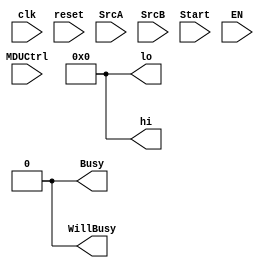
module multi_divi_unit(
	input clk,
	input reset,
    input [31:0] SrcA,
    input [31:0] SrcB,
    input Start,
	input EN,
	input [2:0] MDUCtrl,
    output [31:0] lo,
    output [31:0] hi,
    output Busy,
	output WillBusy
    );
	assign WillBusy=0;
	assign lo=0;
	assign hi=0;
	assign Busy=0;
	/*
	reg [3:0] counter=0;
	
	assign Busy=~(counter==0);
	assign WillBusy=(counter>1)||(Start&&(MDUCtrl!=`mduMtlo&&MDUCtrl!=`mduMthi));
	
	reg [31:0] SrcA_reg=0, SrcB_reg=0;
	reg [2:0] MDUCtrl_reg=0;
	
	reg [31:0]lo_reg=0, hi_reg=0;
	assign lo=lo_reg;
	assign hi=hi_reg;
	

	always @(posedge clk)
	begin
		if(reset)
		begin
			lo_reg<=0;
			hi_reg<=0;
			counter<=0;
			SrcA_reg<=0;
			SrcB_reg<=0;
			MDUCtrl_reg<=0;
		end
		else
		begin
			if(Start&EN)
			begin
				SrcA_reg<=SrcA;
				SrcB_reg<=SrcB;
				MDUCtrl_reg<=MDUCtrl;
				case(MDUCtrl)
				
				`mduMult:
					counter<=5;
				`mduMultu:
					counter<=5;
				`mduDiv:
					counter<=10;
				`mduDivu:
					counter<=10;
				`mduMtlo:
				begin
					lo_reg<=SrcA;
					counter<=0;
				end
				`mduMthi:
				begin
					hi_reg<=SrcA;
					counter<=0;
				end
								
				endcase
			end
			else
			begin
				if(counter==4'd1)
					begin
						case(MDUCtrl_reg)
						`mduMult:
							{hi_reg,lo_reg}<=$signed($signed({{32{SrcA_reg[31]}},SrcA_reg})*$signed({{32{SrcB_reg[31]}},SrcB_reg}));
						`mduMultu:
							{hi_reg,lo_reg}<=$unsigned($unsigned({32'h0,SrcA_reg})*$unsigned({32'h0,SrcB_reg}));
						`mduDiv:
						begin
							lo_reg<=$signed($signed(SrcA_reg)/$signed(SrcB_reg));
							hi_reg<=$signed($signed(SrcA_reg)%$signed(SrcB_reg));
						end
						`mduDivu:
						begin
							lo_reg<=$unsigned($unsigned(SrcA_reg)/$unsigned(SrcB_reg));
							hi_reg<=$unsigned($unsigned(SrcA_reg)%$unsigned(SrcB_reg));
						end
						endcase
					end
				if(counter!=0)
				begin
					counter<=counter-4'd1;	
				end
			end
		end
	end
	*/
endmodule